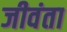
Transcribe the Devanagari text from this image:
जीवंता